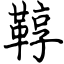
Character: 鞟